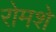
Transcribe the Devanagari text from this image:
रोमशे